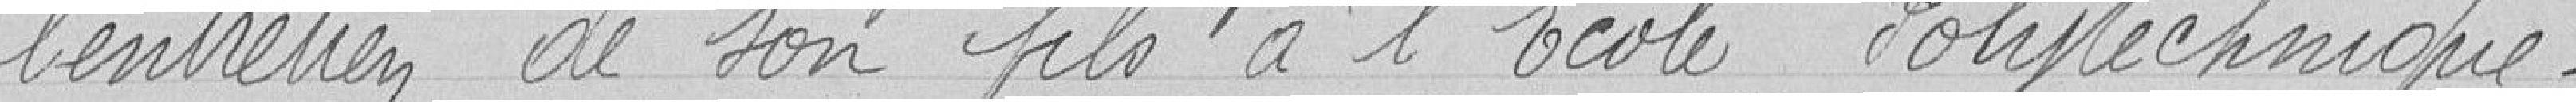
l'entretien de son fils à l'Ecole Polytechnique.